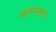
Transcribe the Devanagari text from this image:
जननांगाचे